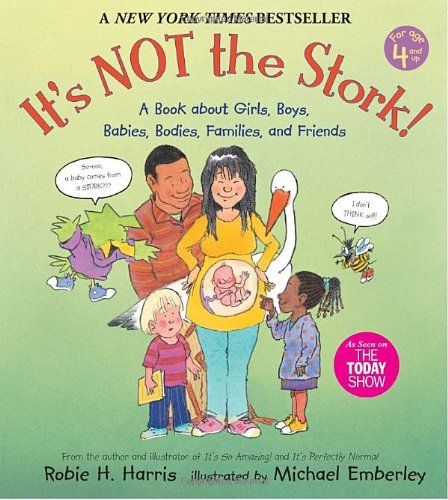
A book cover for It's Not the Stork!: A Book About Girls, Boys, Babies, Bodies, Families and Friends (The Family Library); Robie H. Harris; Children's Books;